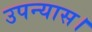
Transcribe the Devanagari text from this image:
उपन्‍यास।